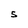
Character: 5